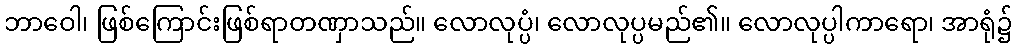
ဘာဝေါ၊ ဖြစ်ကြောင်းဖြစ်ရာတဏှာသည်။ လောလုပ္ပံ၊ လောလုပ္ပမည်၏။ လောလုပ္ပါကာရော၊ အာရုံ၌